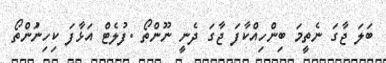
ބަލަ ޖާގަ ނެތީމަ ބިންހިއްކާފަ ޖާގަ ދެނީ ނޫންތޯ .ފުލެޓް އަޅާފަ ކިހިނަުންތޯ